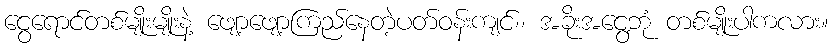
ငွေရောင်တစ်မျိုးမျိုးနဲ့ ဖျော့ဖျော့ကြည်နေတဲ့ပတ်ဝန်းကျင်၊၊ အခိုးအငွေ့ဘုံ တစ်မျိုးပါကလား။